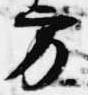
方